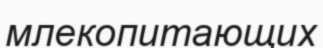
млекопитающих